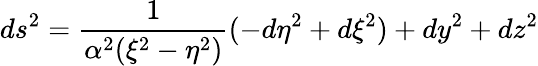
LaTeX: ds^{2}=\frac{1}{\alpha^{2}(\xi^{2}-\eta^{2})}(-d\eta^{2}+d\xi^{2})+dy^{2}+dz^{2}